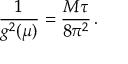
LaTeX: \frac { 1 } { g ^ { 2 } ( \mu ) } = \frac { M \tau } { 8 \pi ^ { 2 } } \, .